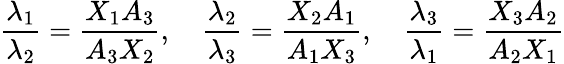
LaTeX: {\frac{\lambda_{1}}{\lambda_{2}}}={\frac{X_{1}A_{3}}{A_{3}X_{2}}},\quad{\frac{\lambda_{2}}{\lambda_{3}}}={\frac{X_{2}A_{1}}{A_{1}X_{3}}},\quad{\frac{\lambda_{3}}{\lambda_{1}}}={\frac{X_{3}A_{2}}{A_{2}X_{1}}}